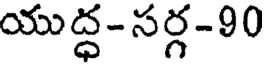
యుద్ధ- సర్గ-90